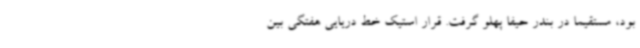
بود، مستقیما در بندر حیفا پهلو گرفت. قرار استیک خط دریایی هفتگی بین